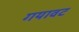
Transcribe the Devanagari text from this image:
गयावट